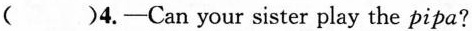
( )4.—Can your sister play the pipa?